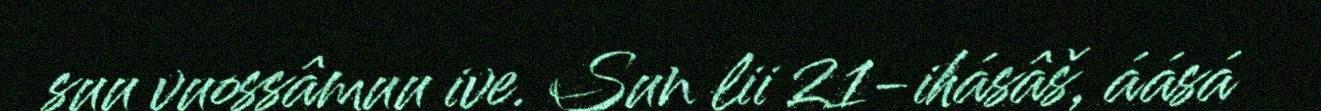
suu vuossâmuu ive. Sun lii 21-ihásâš, áásá